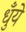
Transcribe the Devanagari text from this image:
धुँये